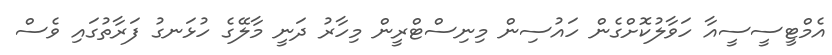
އެމްޓީސީސީއާ ހަވާލުކޮށްގެން ހައުސިން މިނިސްޓްރީން މިހާރު ދަނީ މާލޭގެ ހުޅަނގު ފަރާތުގައި ވެސް